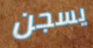
يسجن